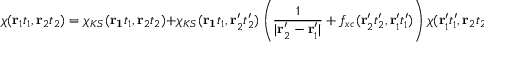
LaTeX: \chi ( \mathbf { r } _ { 1 } t _ { 1 } , \mathbf { r } _ { 2 } t _ { 2 } ) = \chi _ { K S } ( \mathbf { r _ { 1 } } t _ { 1 } , \mathbf { r } _ { 2 } t _ { 2 } ) + \chi _ { K S } ( \mathbf { r _ { 1 } } t _ { 1 } , \mathbf { r } _ { 2 } ^ { \prime } t _ { 2 } ^ { \prime } ) \left( { \frac { 1 } { | \mathbf { r } _ { 2 } ^ { \prime } - \mathbf { r } _ { 1 } ^ { \prime } | } } + f _ { x c } ( \mathbf { r } _ { 2 } ^ { \prime } t _ { 2 } ^ { \prime } , \mathbf { r } _ { 1 } ^ { \prime } t _ { 1 } ^ { \prime } ) \right) \chi ( \mathbf { r } _ { 1 } ^ { \prime } t _ { 1 } ^ { \prime } , \mathbf { r } _ { 2 } t _ { 2 } )